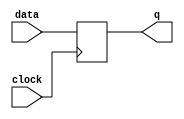
module d_flip_flop (
    input data,
    input clock,
    output reg q
);

always @(posedge clock) begin
    q <= data;
end

endmodule